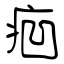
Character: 㾎